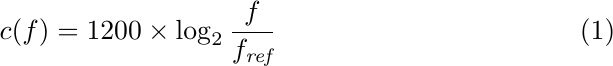
\begin{equation}
\label{eq:f2c}
c(f) = 1200\times\log_2{\frac{f}{f_{\textit{ref}}}}
\end{equation}